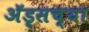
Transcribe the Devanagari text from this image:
अॅड्सच्या